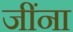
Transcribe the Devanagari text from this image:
जींना